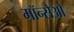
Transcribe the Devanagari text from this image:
मॉन्सैओ